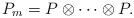
LaTeX: \begin{align*}P_m=P\otimes\cdots\otimes P . \end{align*}